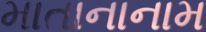
માતાનાનામ